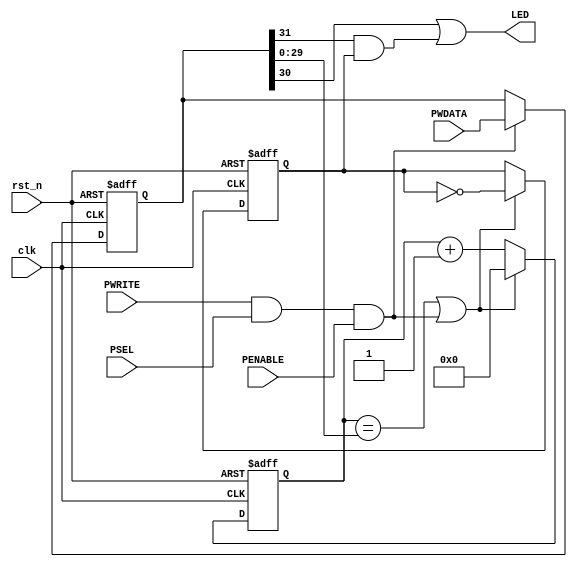
module APBLed(input wire       clk,rst_n,
              input wire       PWRITE,
              input wire       PSEL,
              input wire       PENABLE,
              input wire[31:0] PWDATA,
              output wire      LED);

    reg[31:0] LedReg;
    wire WriteEN;

    always @(posedge clk or negedge rst_n) begin
        if(!rst_n) LedReg <= 32'b0;
        else if(WriteEN) LedReg <= PWDATA;
    end

    assign WriteEN = PWRITE & PSEL & PENABLE;

    wire[1:0]  LedMode;
    wire[29:0] BlinkCnt;
    reg[29:0]  Cnt;

    reg LedBlink;

    always @(posedge clk or negedge rst_n) begin
        if(!rst_n) begin
            Cnt <= 30'b0;
            LedBlink <= 1'b0;
        end
        else begin
            if((Cnt == BlinkCnt) | WriteEN) begin
                Cnt <= 30'b0;
                LedBlink <= ~LedBlink;
            end
            else begin
                Cnt <= Cnt + 1'b1;
            end
        end
    end

    assign LedMode  = LedReg[31:30];
    assign BlinkCnt = LedReg[29:0];
    assign LED      = LedMode[0] | (LedMode[1] & LedBlink);

endmodule